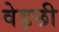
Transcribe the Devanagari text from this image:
वेड़छी